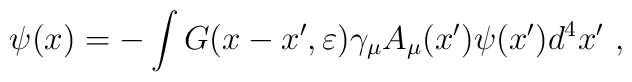
\psi(x) = -\int G(x-x',\varepsilon)\gamma_\mu A_\mu(x') \psi(x')d^4x'~,